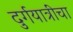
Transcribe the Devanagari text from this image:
दुर्गयात्रींचा